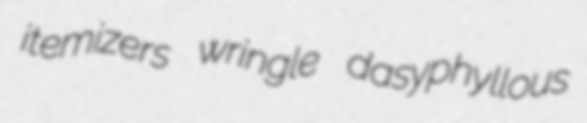
itemizers wringle dasyphyllous